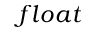
f l o a t